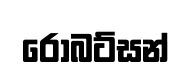
රොබට්සන්